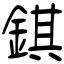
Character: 錤